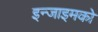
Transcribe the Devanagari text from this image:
इन्जाइमको